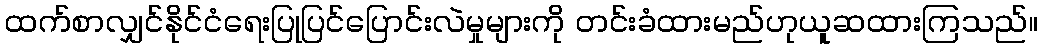
ထက်စာလျှင်နိုင်ငံရေးပြုပြင်ပြောင်းလဲမှုများကို တင်းခံထားမည်ဟုယူဆထားကြသည်။